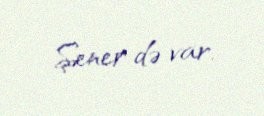
Şener də var.